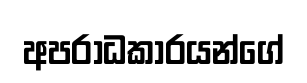
අපරාධකාරයන්ගේ